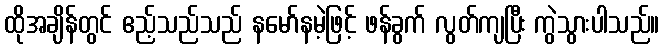
ထိုအချိန်တွင် ဧည့်သည်သည် နမော်နမဲ့ဖြင့် ဖန်ခွက် လွတ်ကျပြီး ကွဲသွားပါသည်။